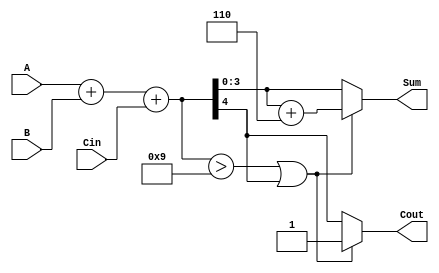
module BCD_Adder (
    input  wire [3:0] A,      // First BCD digit
    input  wire [3:0] B,      // Second BCD digit
    input  wire Cin,          // Carry input
    output reg  [3:0] Sum,    // BCD result
    output reg  Cout          // Carry output
);

    wire [4:0] binary_sum;    // 5-bit sum to accommodate carry
    wire correction_needed;     // Flag for correction
    wire [4:0] corrected_sum;  // Corrected sum after adding 6

    // Step 1: Perform binary addition
    assign binary_sum = A + B + Cin;

    // Step 2: Determine if correction is needed
    assign correction_needed = (binary_sum > 9) || binary_sum[4];

    // Step 3: Calculate corrected sum if needed
    assign corrected_sum = binary_sum + 5'd6;

    // Step 4: Assign outputs
    always @(*) begin
        if (correction_needed) begin
            Sum = corrected_sum[3:0]; // Take lower 4 bits
            Cout = 1;                 // Set carry out
        end else begin
            Sum = binary_sum[3:0];    // Take lower 4 bits
            Cout = binary_sum[4];      // Carry out from binary sum
        end
    end

endmodule